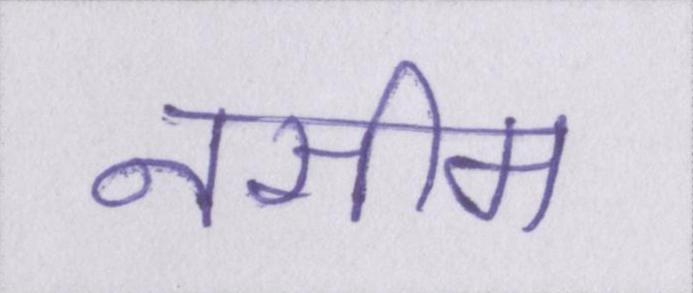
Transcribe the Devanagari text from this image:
नसीम